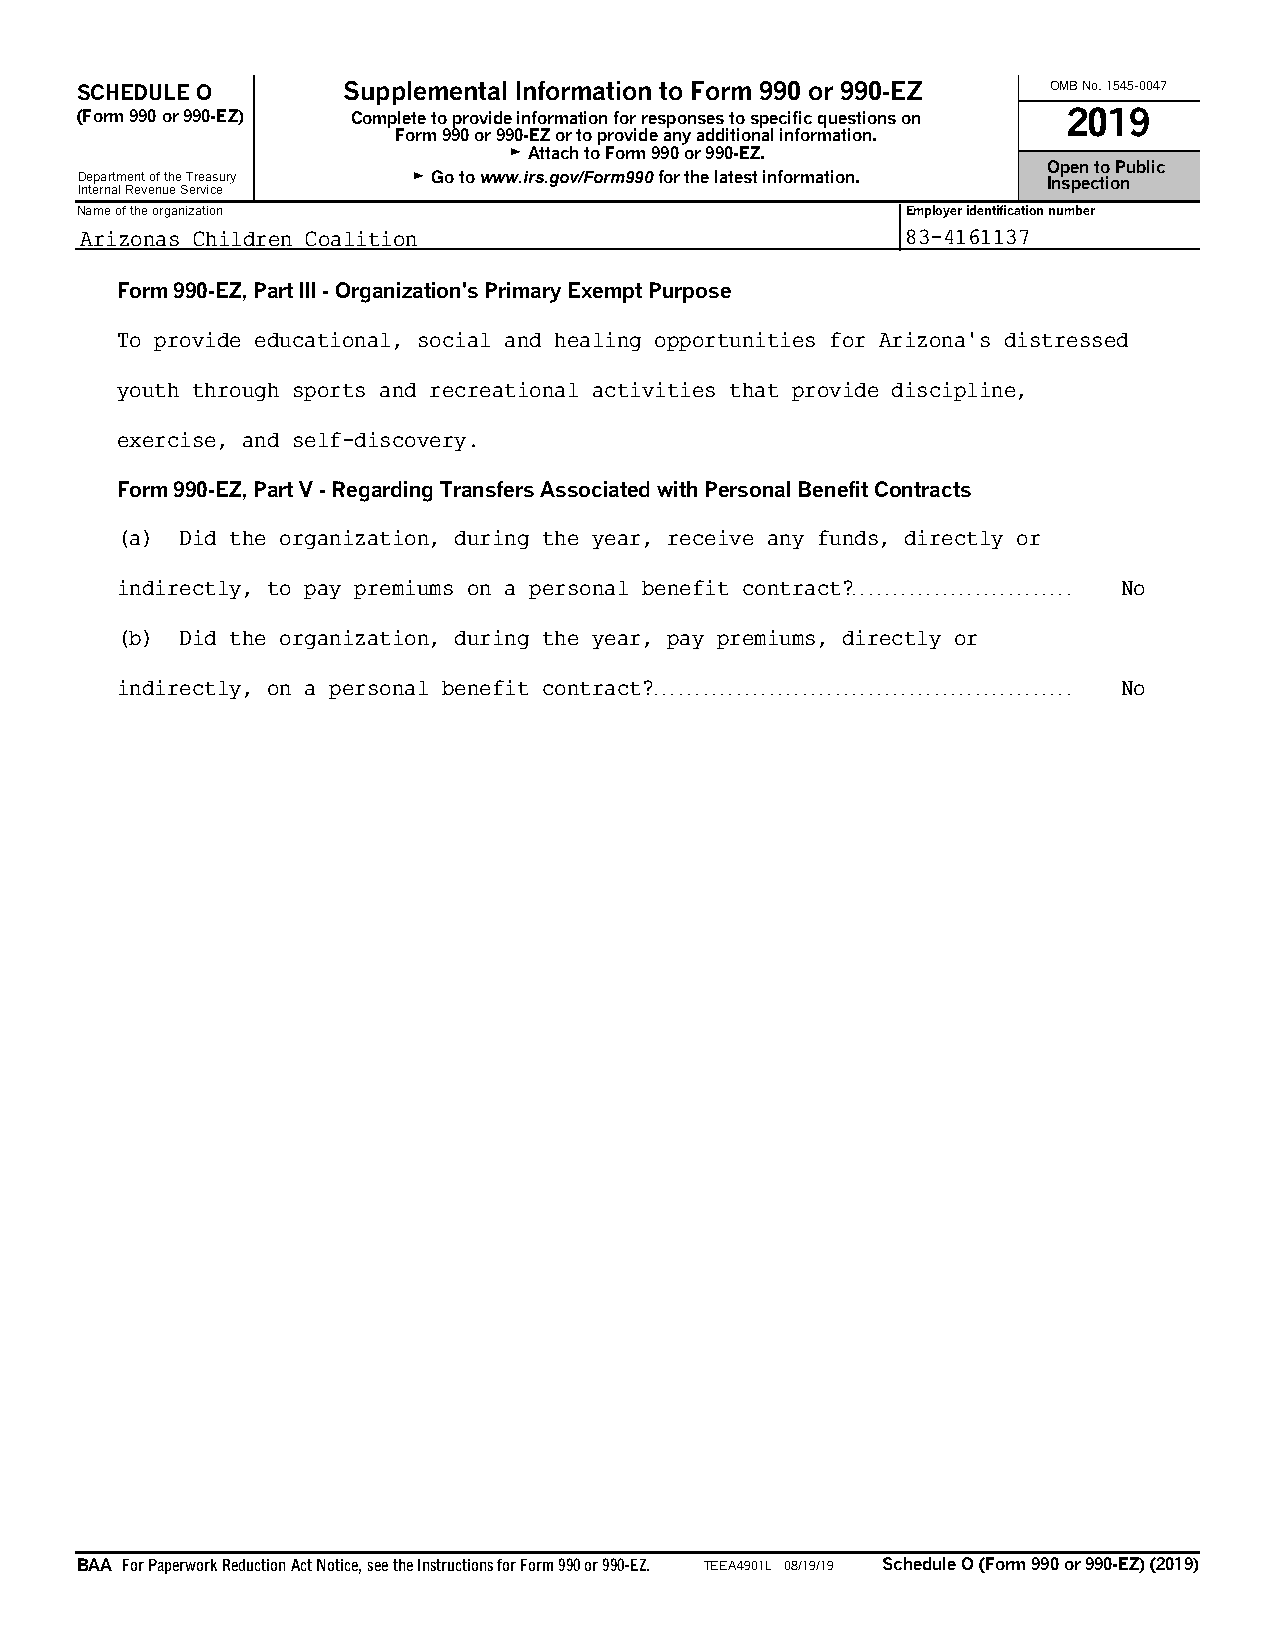
SCHEDULE O        Supplemental Information to Form 990 or 990-EZ OMB No. 1545-0047
 (Form 990 or 990-EZ) Complete to provide information for responses to specific questions on 2019
 Form 990 or 990-EZ or to provide any additional information.
 G Attach to Form 990 or 990-EZ.
 Open to Public
 Department of the Treasury G Go to www.irs.gov/Form990 for the latest information. Inspection
 Internal Revenue Service
 Name of the organization                               Employer identification number
 Arizonas Children Coalition                            83-4161137
 Form 990-EZ, Part III - Organization’s Primary Exempt Purpose
 To provide educational, social and healing opportunities for Arizona’s distressed
 youth through sports and recreational activities that provide discipline,
 exercise, and self-discovery.
 Form 990-EZ, Part V - Regarding Transfers Associated with Personal Benefit Contracts
 (a) Did the organization, during the year, receive any funds, directly or
 indirectly, to pay premiums on a personal benefit contract?. . . . . . . . . . . . . . . . . . . . . . . . . . . No
 (b) Did the organization, during the year, pay premiums, directly or
 indirectly, on a personal benefit contract?. . . . . . . . . . . . . . . . . . . . . . . . . . . . . . . . . . . . . . . . . . . . . . . . . . . No
 BAA For Paperwork Reduction Act Notice, see the Instructions for Form 990 or 990-EZ. TEEA4901L 08/19/19 Schedule O (Form 990 or 990-EZ) (2019)